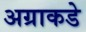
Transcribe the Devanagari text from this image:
अग्राकडे